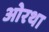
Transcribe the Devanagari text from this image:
ओरथा